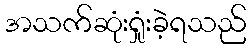
အသက်ဆုံးရှုံးခဲ့ရသည်